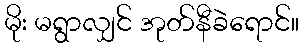
မိုး မရွာလျှင် အုတ်နီခဲရောင်။